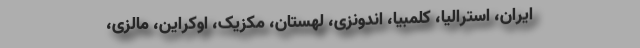
ایران، استرالیا، کلمبیا، اندونزی، لهستان، مکزیک، اوکراین، مالزی،